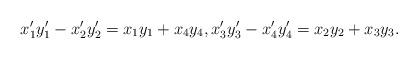
LaTeX: \begin{align*} x_1' y_1' - x_2' y_2' = x_1 y_1 + x_4 y_4, x_3' y_3' - x_4' y_4' = x_2 y_2 + x_3 y_3.\end{align*}